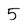
Character: 5